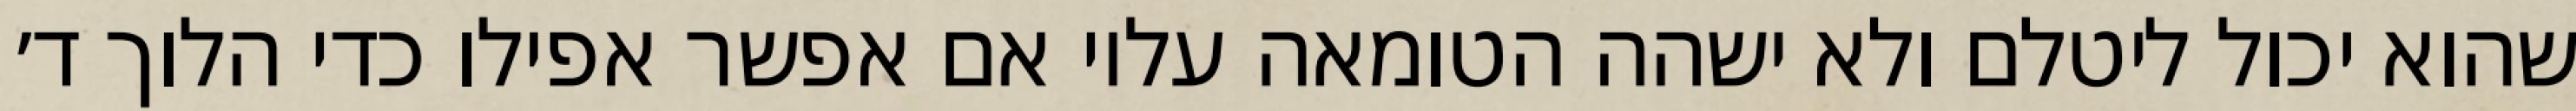
שהוא יכול ליטלם ולא ישהה הטומאה עליו אם אפשר אפילו כדי הלוך ד׳